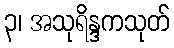
၃၊ အသုရိန္ဒကသုတ်